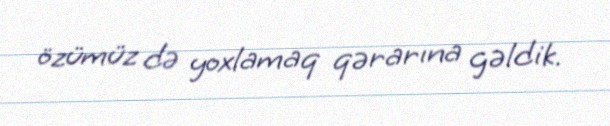
özümüz də yoxlamaq qərarına gəldik.